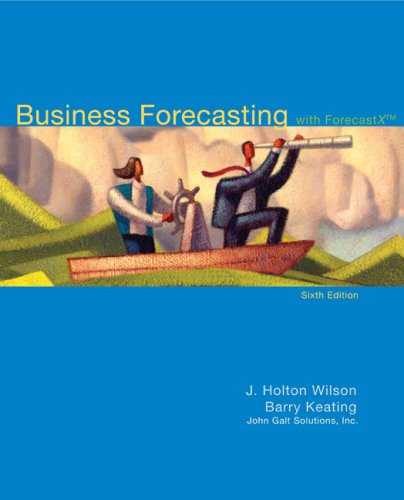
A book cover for Business Forecasting with Business ForecastX; J. Holton Wilson; Business & Money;